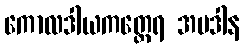
ကောလဒါယကတ္ထေရ အပဒါန